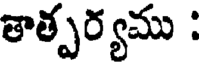
తాత్పర్యము :